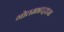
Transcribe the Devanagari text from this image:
गोतमभरद्वाजा